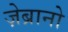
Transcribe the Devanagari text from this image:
ज़ेब्रानो